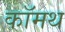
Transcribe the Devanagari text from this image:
कॉमथ